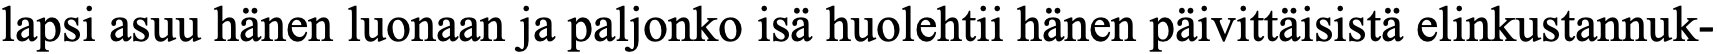
lapsi asuu hänen luonaan ja paljonko isä huolehtii hänen päivittäisistä elinkustannuk-